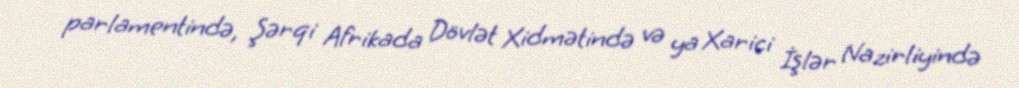
parlamentində, Şərqi Afrikada Dövlət Xidmətində və ya Xarici İşlər Nazirliyində